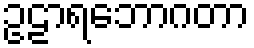
ဥဠာရဘောဂတာ